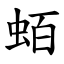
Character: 蛨